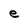
Character: e